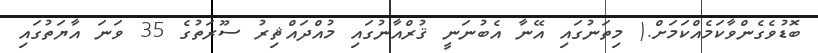
ބޮޑުވެގެންވާކަމެއްކަމަށް.( މިތަނުގައި އޭނާ އެބުނަނީ ޤުރްއާނުގައި މުއްދައްޘިރު ސޫރަތުގެ 35 ވަނަ އާޔަތުގައި